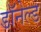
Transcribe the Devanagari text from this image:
डॉनेल्ड